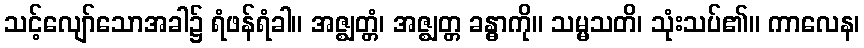
သင့်လျော်သောအခါ၌ ရံဖန်ရံခါ။ အဇ္ဈတ္တံ၊ အဇ္ဈတ္တ ခန္ဓာကို။ သမ္မသတိ၊ သုံးသပ်၏။ ကာလေန၊